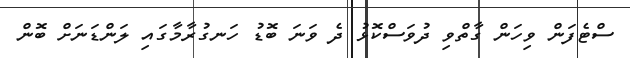
ސްޓެފަން ވިހަން ގާތްވި ދުވަސްކޮޅު ދެ ވަނަ ބޮޑު ހަނގުރާމާގައި ލަންޑަނަށް ބޮން